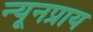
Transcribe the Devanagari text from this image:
न्यूनप्राय